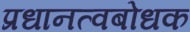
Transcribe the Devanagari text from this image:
प्रधानत्वबोधक